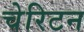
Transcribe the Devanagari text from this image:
चेरिटन